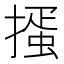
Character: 𢳱